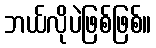
ဘယ်လိုပဲဖြစ်ဖြစ်။